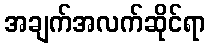
အချက်အလက်ဆိုင်ရာ